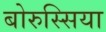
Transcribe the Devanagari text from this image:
बोरुस्सिया